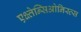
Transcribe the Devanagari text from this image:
एक्ष्तेन्सिओनिस्त्स